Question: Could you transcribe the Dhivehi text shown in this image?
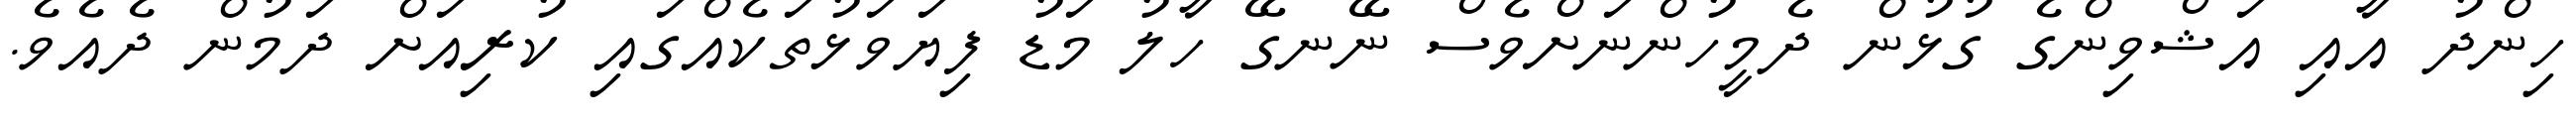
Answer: ހިންދު އާއި އަޝްވިންގެ ގުޅުން ދެމީހުންނަށްވެސް ނޭނގޭ ހާލު މަޑު ފިޔަވަޅުތަކެއްގައި ކުރިއަށް ދަމުން ދެއެވެ.